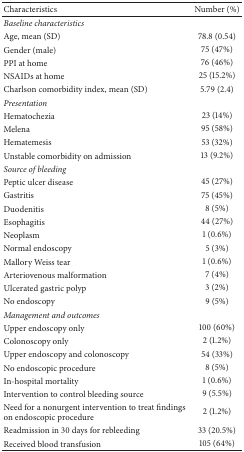
| Characteristics | Number (%) |
 | --- | --- |
 | Baseline characteristics |  |
 | Age, mean (SD) | 78.8 (0.54) |
 | Gender (male) | 75 (47%) |
 | PPI at home | 76 (46%) |
 | NSAIDs at home | 25 (15.2%) |
 | Charlson comorbidity index, mean (SD) | 5.79 (2.4) |
 | Presentation |  |
 | Hematochezia | 23 (14%) |
 | Melena | 95 (58%) |
 | Hematemesis | 53 (32%) |
 | Unstable comorbidity on admission | 13 (9.2%) |
 | Source of bleeding |  |
 | Peptic ulcer disease | 45 (27%) |
 | Gastritis | 75 (45%) |
 | Duodenitis | 8 (5%) |
 | Esophagitis | 44 (27%) |
 | Neoplasm | 1 (0.6%) |
 | Normal endoscopy | 5 (3%) |
 | Mallory Weiss tear | 1 (0.6%) |
 | Arteriovenous malformation | 7 (4%) |
 | Ulcerated gastric polyp | 3 (2%) |
 | No endoscopy | 9 (5%) |
 | Management and outcomes |  |
 | Upper endoscopy only | 100 (60%) |
 | Colonoscopy only | 2 (1.2%) |
 | Upper endoscopy and colonoscopy | 54 (33%) |
 | No endoscopic procedure | 8 (5%) |
 | In-hospital mortality | 1 (0.6%) |
 | Intervention to control bleeding source | 9 (5.5%) |
 | Need for a nonurgent intervention to treat findings on endoscopic procedure | 2 (1.2%) |
 | Readmission in 30 days for rebleeding | 33 (20.5%) |
 | Received blood transfusion | 105 (64%) |